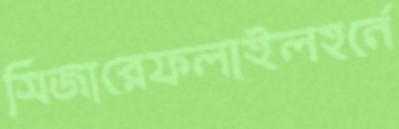
সিজারেফলাইলহর্নে